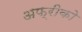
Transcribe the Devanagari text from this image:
अफ्रीको